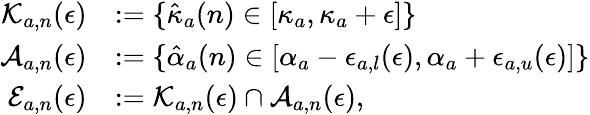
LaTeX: \begin{array}{rl}{\mathcal{K}_{a,n}(\epsilon)}&{:=\{ \hat{\kappa}_{a}(n)\in[\kappa_{a},\kappa_{a}+\epsilon]\} }\\ {\mathcal{A}_{a,n}(\epsilon)}&{:=\{ \hat{\alpha}_{a}(n)\in[\alpha_{a}-\epsilon_{a,l}(\epsilon),\alpha_{a}+\epsilon_{a,u}(\epsilon)]\} }\\ {\mathcal{E}_{a,n}(\epsilon)}&{:=\mathcal{K}_{a,n}(\epsilon)\cap\mathcal{A}_{a,n}(\epsilon),}\end{array}